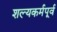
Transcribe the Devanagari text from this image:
शल्यकर्मपूर्व